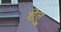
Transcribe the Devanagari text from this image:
शेतू